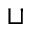
\sqcup